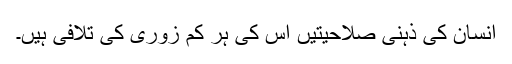
انسان کی ذہنی صلاحیتیں اس کی ہر کم زوری کی تلافی ہیں۔